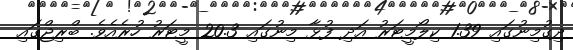
ދިގުމިނުގައި 1.39 ކިލޯމީޓަރު އަދި ފުޅާ މިނުގައި 20.3 މީޓަރު ހުރެއެވެ. ބްރިޖްގައި